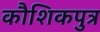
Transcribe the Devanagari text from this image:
कौशिकपुत्र